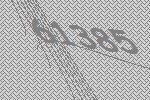
61385